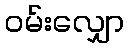
ဝမ်းလျှော